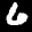
Label: 6